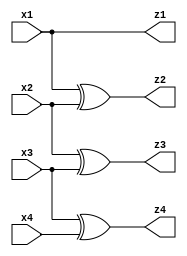
module bin_to_gray_behav(x1, x2, x3, x4, z1, z2, z3, z4);

input x1, x2, x3, x4;
output reg z1, z2, z3, z4;

always @ (x1 or x2 or x3 or x4) begin
	z1 = x1;
	z2 = x1 ^ x2;
	z3 = x2 ^ x3;
	z4 = x3 ^ x4;
end
endmodule